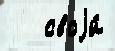
   своjи́